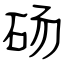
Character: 砀